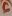
Text: 6